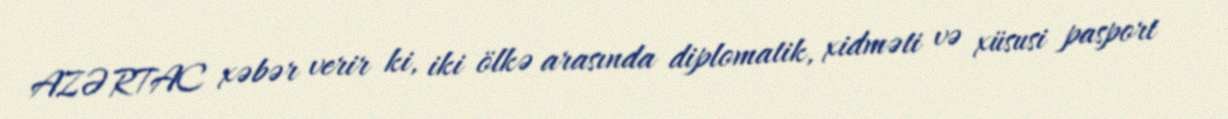
AZƏRTAC xəbər verir ki, iki ölkə arasında diplomatik, xidməti və xüsusi pasport